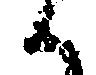
候